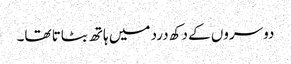
دوسروں کے دکھ درد میں ہاتھ بٹاتا تھا۔